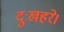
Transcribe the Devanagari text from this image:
दुःखहरे।